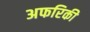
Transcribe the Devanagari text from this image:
अफरिकी